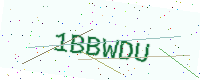
Text: 1BBWDU